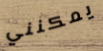
يمكنني